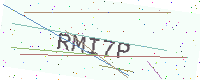
Text: RMI7P